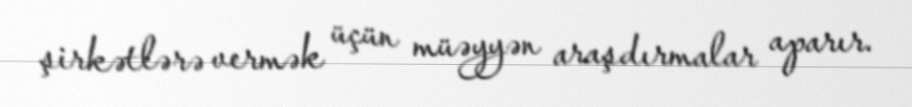
şirkətlərə vermək üçün müəyyən araşdırmalar aparır.